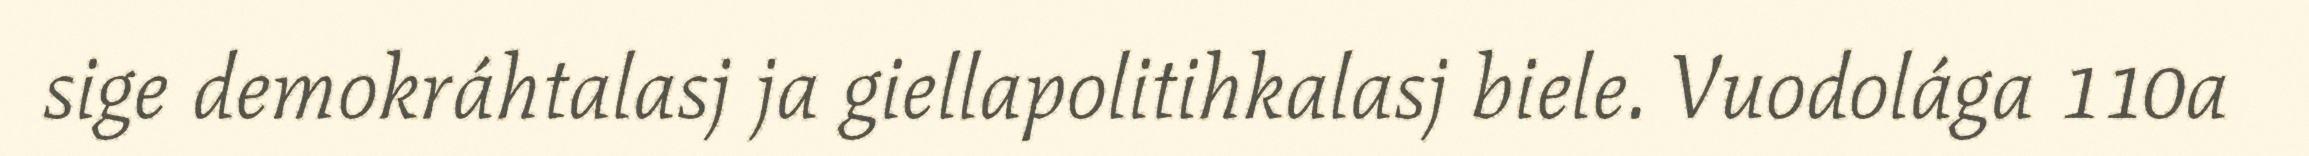
sige demokráhtalasj ja giellapolitihkalasj biele. Vuodolága 110a